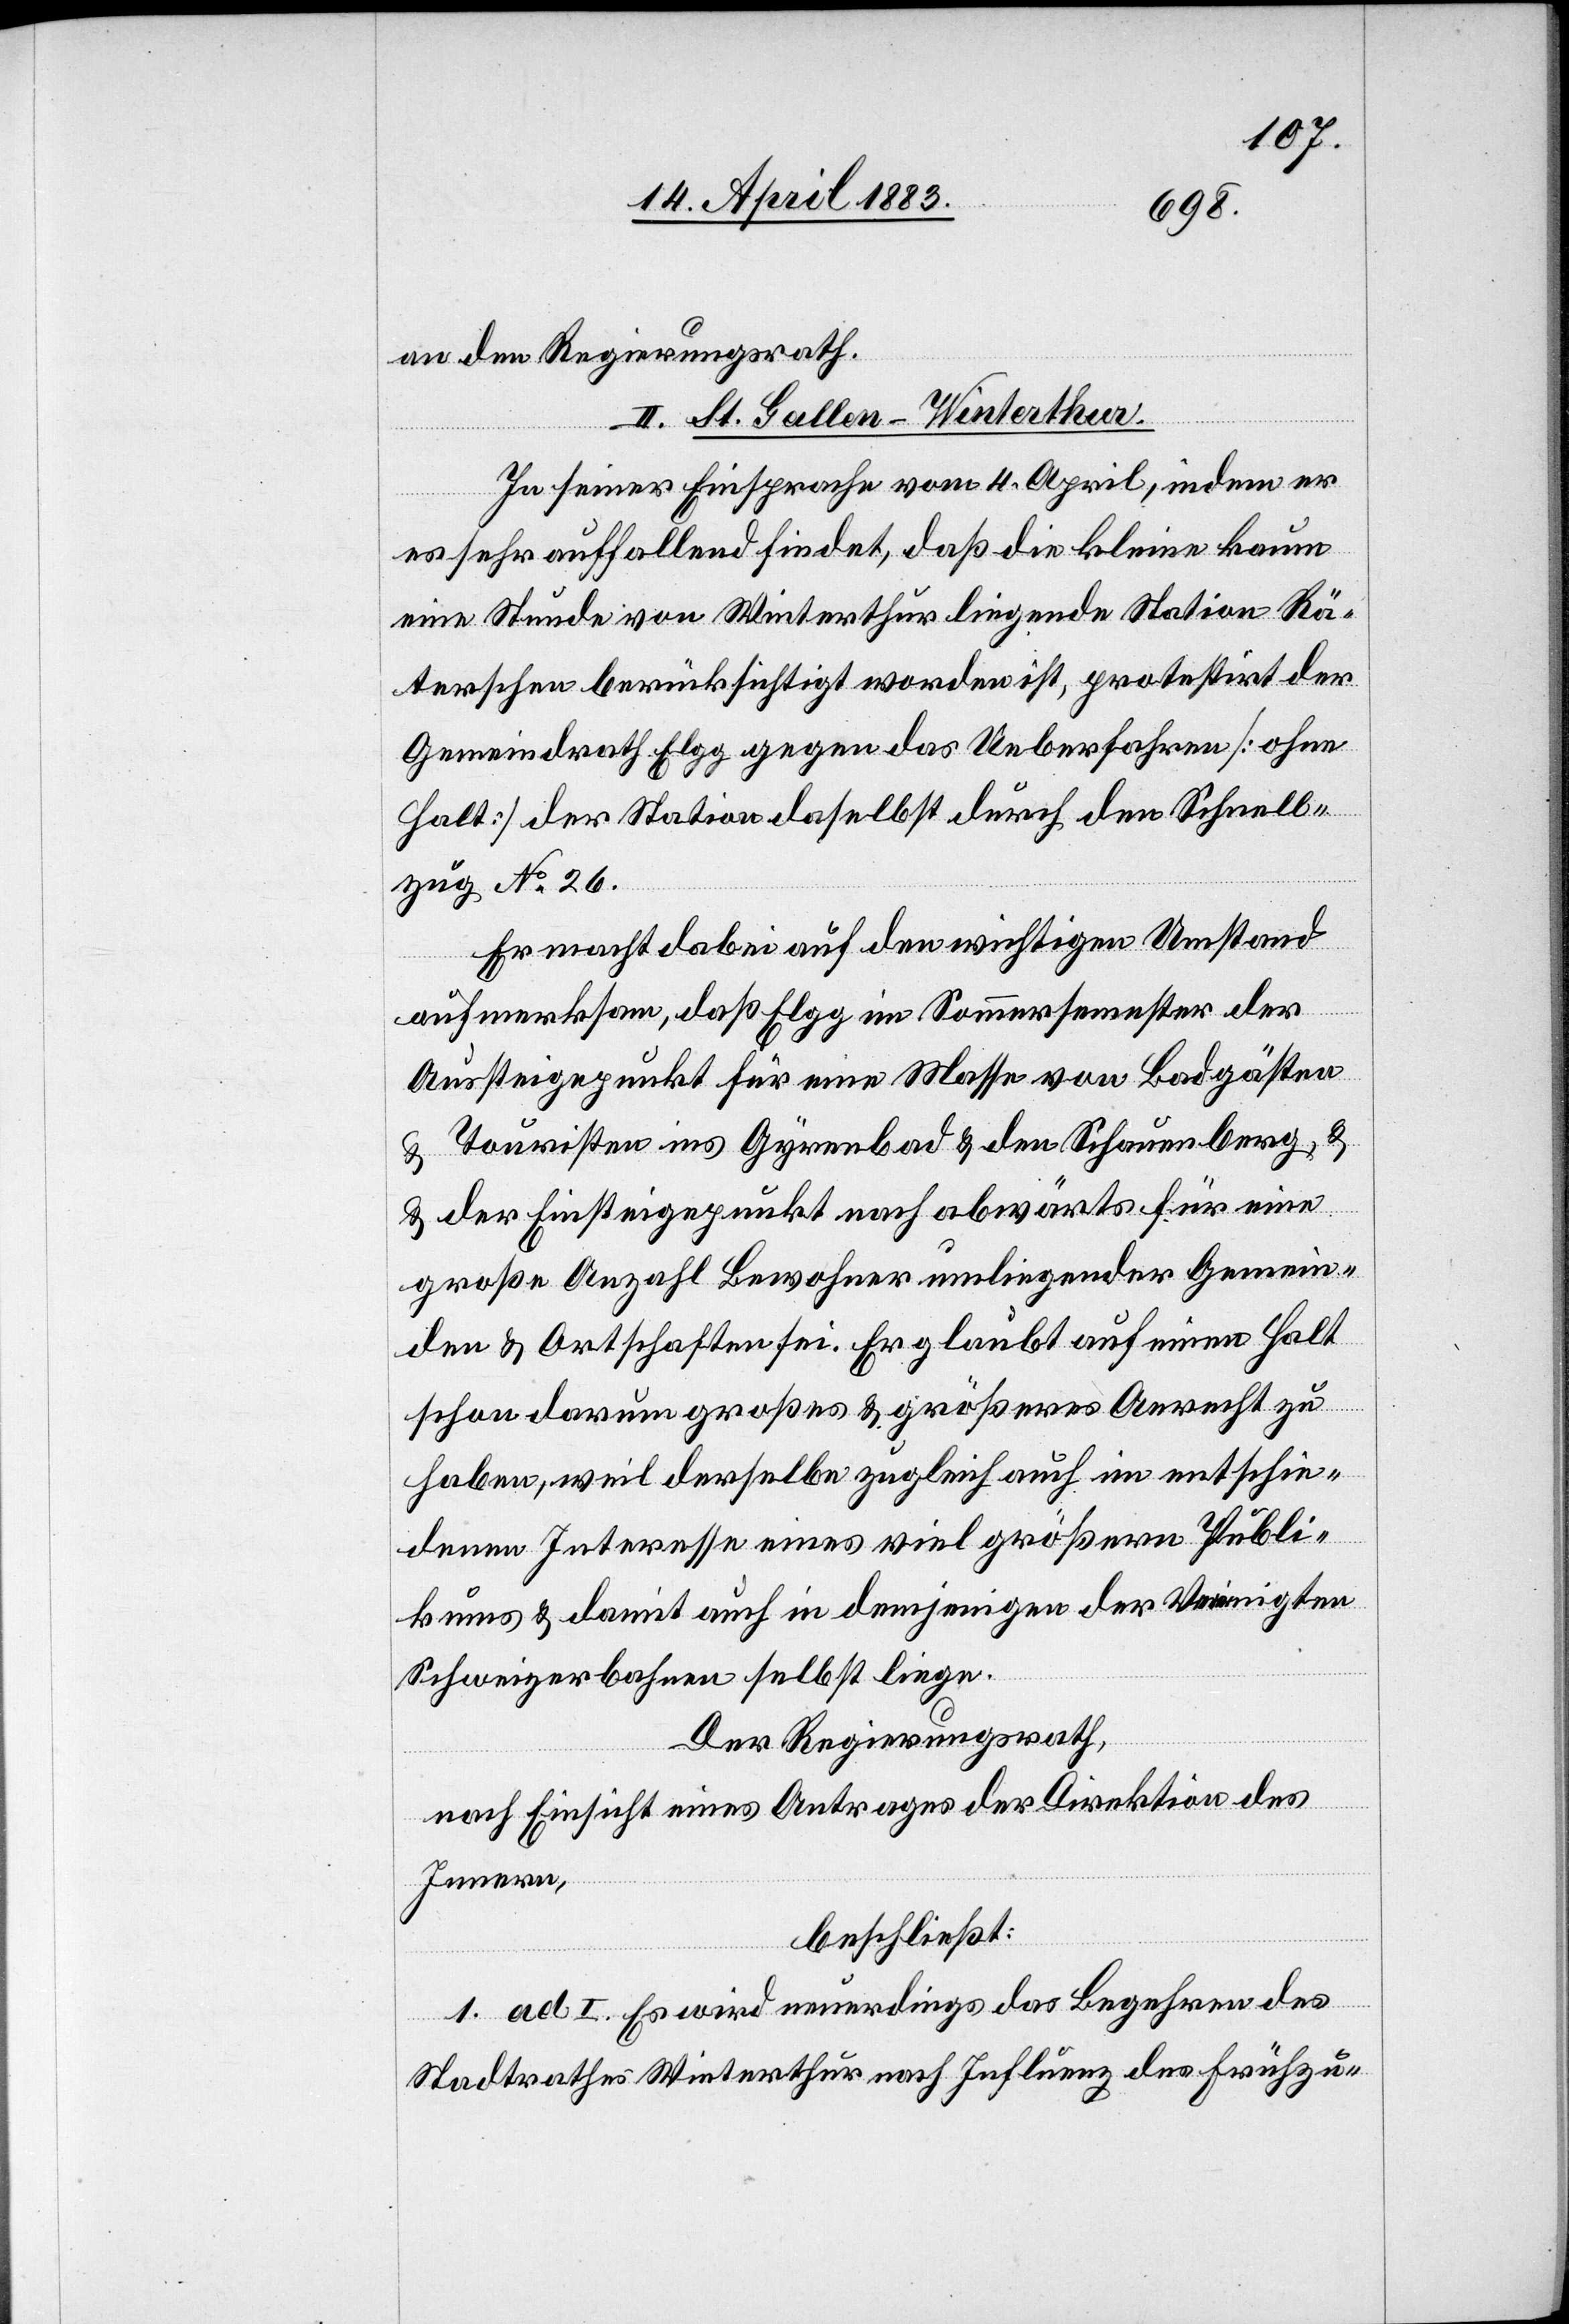
an den Regierungsrath.
II. St. Gallen–Winterthur.
In seiner Einsprache vom 4. April, indem er
es sehr auffallend findet, daß die kleine kaum
eine Stunde von Winterthur liegende Station Rä¬
terschen berücksichtigt worden ist, protestirt der
Gemeindrath Elgg gegen das Ueberfahren [ohne
Halt] der Station daselbst durch den Schnell¬
zug No 26.
Er macht dabei auf den wichtigen Umstand
aufmerksam, daß Elgg im Sommersemester der
Aussteigepunkt für eine Masse von Badgästen
& Touristen ins Gyrenbad & den Schauenberg, &
der Einsteigepunkt nach abwärts für eine
große Anzahl Bewohner umliegender Gemein¬
den & Ortschaften sei. Er glaubt auf einen Halt
schon darum großes & größeres Anrecht zu
haben, weil derselbe zugleich auch im entschie¬
denen Interesse eines viel größeren Publi¬
kums & damit auch in demjenigen der Vereinigten
Schweizerbahnen selbst liege.
Der Regierungsrath,
nach Einsicht eines Antrages der Direktion des
Innern,
beschließt:
1. ad I. Es wird neuerdings das Begehren des
Stadtrathes Winterthur nach Influenz des Frühzu-